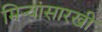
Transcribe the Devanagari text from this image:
मिऱ्यांसारखी